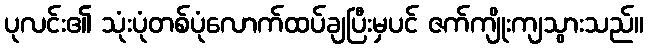
ပုလင်း၏ သုံးပုံတစ်ပုံလောက်ထပ်ချပြီးမှပင် ဇက်ကျိုးကျသွားသည်။